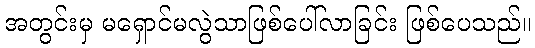
အတွင်းမှ မရှောင်မလွဲသာဖြစ်ပေါ်လာခြင်း ဖြစ်ပေသည်။